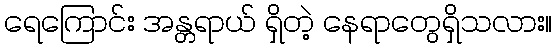
ရေကြောင်း အန္တရာယ် ရှိတဲ့ နေရာတွေရှိသလား။